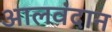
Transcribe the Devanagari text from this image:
आलवंदान